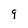
Character: g